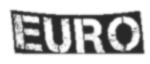
EURO